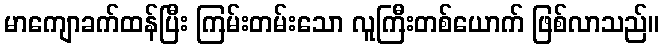
မာကျောခက်ထန်ပြီး ကြမ်းတမ်းသော လူကြီးတစ်ယောက် ဖြစ်လာသည်။